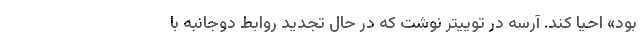
بود» احیا کند. آرسه در توییتر نوشت که در حال تجدید روابط دوجانبه با